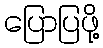
ပြောပြဖို့